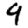
Digit: 9